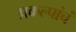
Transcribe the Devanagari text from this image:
प्रकल्पांचं